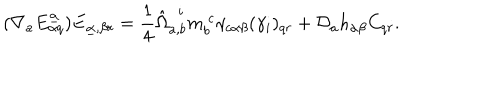
LaTeX: ( \nabla _ { a } E _ { \alpha q } ^ { \underline { { \alpha } } } ) E _ { \underline { { \alpha } } , \beta r } = { \frac { 1 } { 4 } } \hat { \Omega } _ { a , b } ^ { ~ ~ i } m _ { b } ^ { ~ c } \gamma _ { c \alpha \beta } ( \gamma _ { i } ) _ { q r } + { \cal D } _ { a } h _ { \alpha \beta } C _ { q r } .